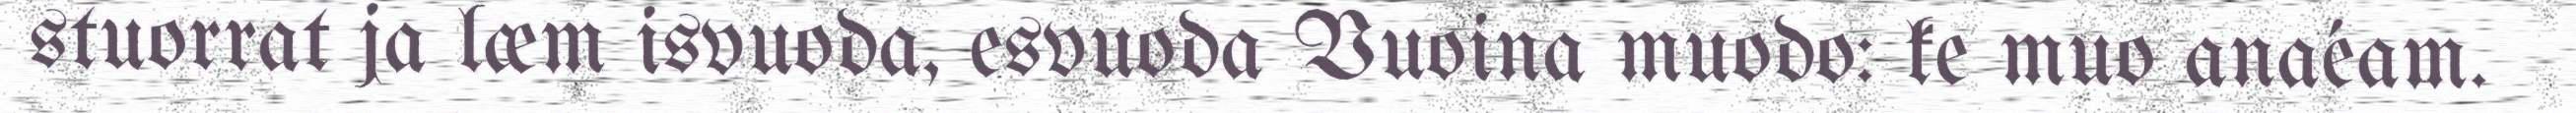
stuorrat ja læm isvuoda, esvuoda Vuoina muodo: ke muo anaéam.